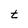
Character: t